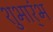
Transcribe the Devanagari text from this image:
शुभार्ंभ